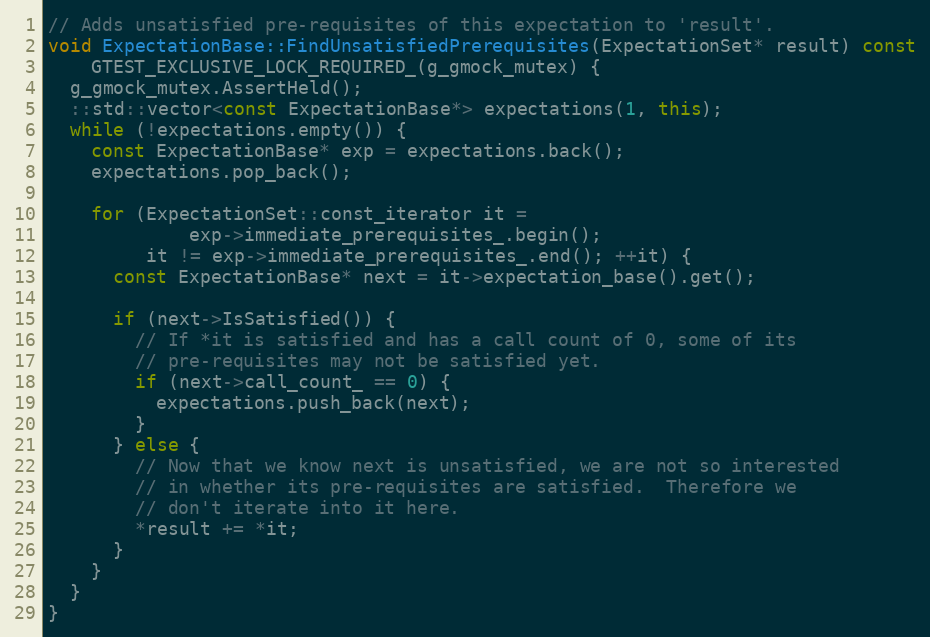
Language: C++
// Adds unsatisfied pre-requisites of this expectation to 'result'.
void ExpectationBase::FindUnsatisfiedPrerequisites(ExpectationSet* result) const
    GTEST_EXCLUSIVE_LOCK_REQUIRED_(g_gmock_mutex) {
  g_gmock_mutex.AssertHeld();
  ::std::vector<const ExpectationBase*> expectations(1, this);
  while (!expectations.empty()) {
    const ExpectationBase* exp = expectations.back();
    expectations.pop_back();

    for (ExpectationSet::const_iterator it =
             exp->immediate_prerequisites_.begin();
         it != exp->immediate_prerequisites_.end(); ++it) {
      const ExpectationBase* next = it->expectation_base().get();

      if (next->IsSatisfied()) {
        // If *it is satisfied and has a call count of 0, some of its
        // pre-requisites may not be satisfied yet.
        if (next->call_count_ == 0) {
          expectations.push_back(next);
        }
      } else {
        // Now that we know next is unsatisfied, we are not so interested
        // in whether its pre-requisites are satisfied.  Therefore we
        // don't iterate into it here.
        *result += *it;
      }
    }
  }
}